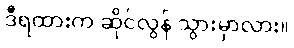
ဒီရထားက ဆိုင်လွန် သွားမှာလား။